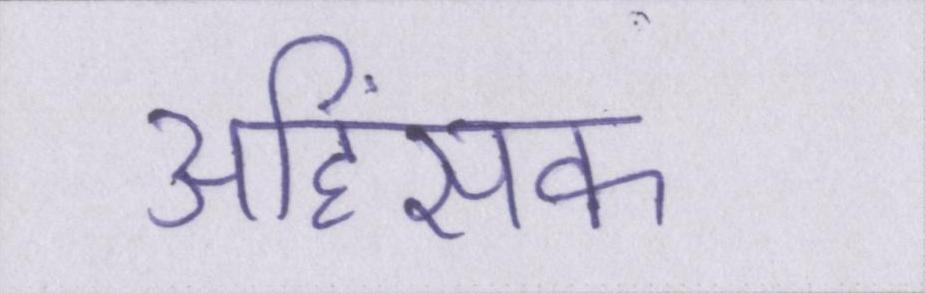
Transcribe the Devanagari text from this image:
अहिंसक